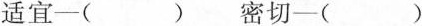
适宜-( ) 密切-( )